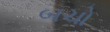
બચો